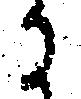
る